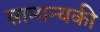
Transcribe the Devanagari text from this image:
सामान्यकी